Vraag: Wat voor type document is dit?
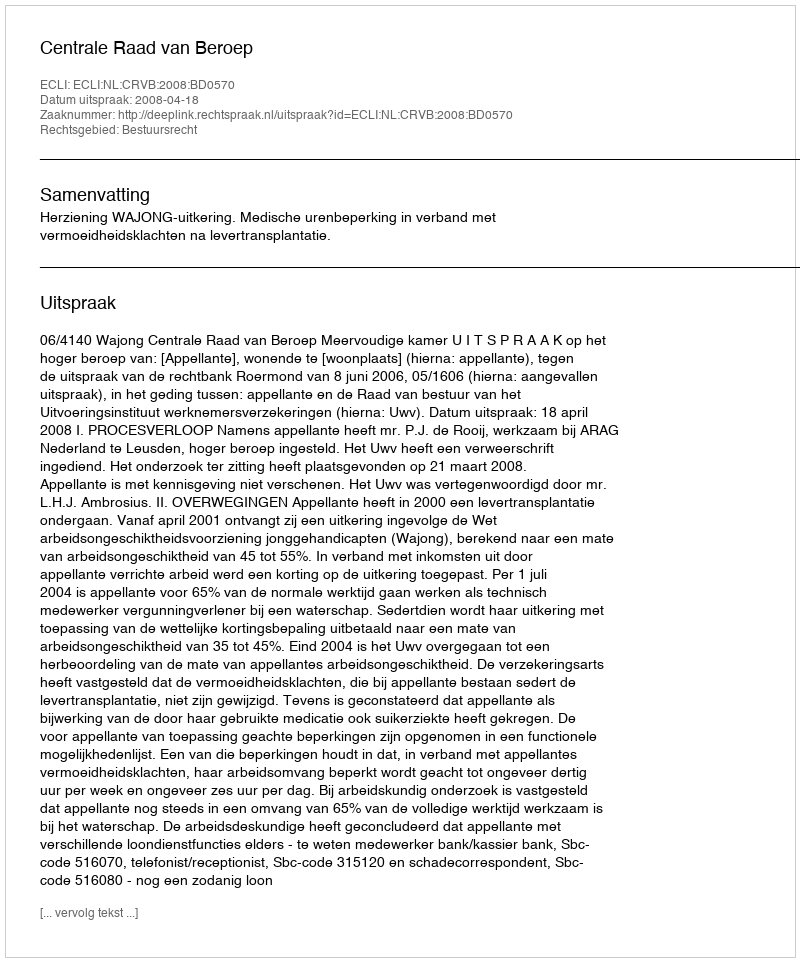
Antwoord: Uitspraak